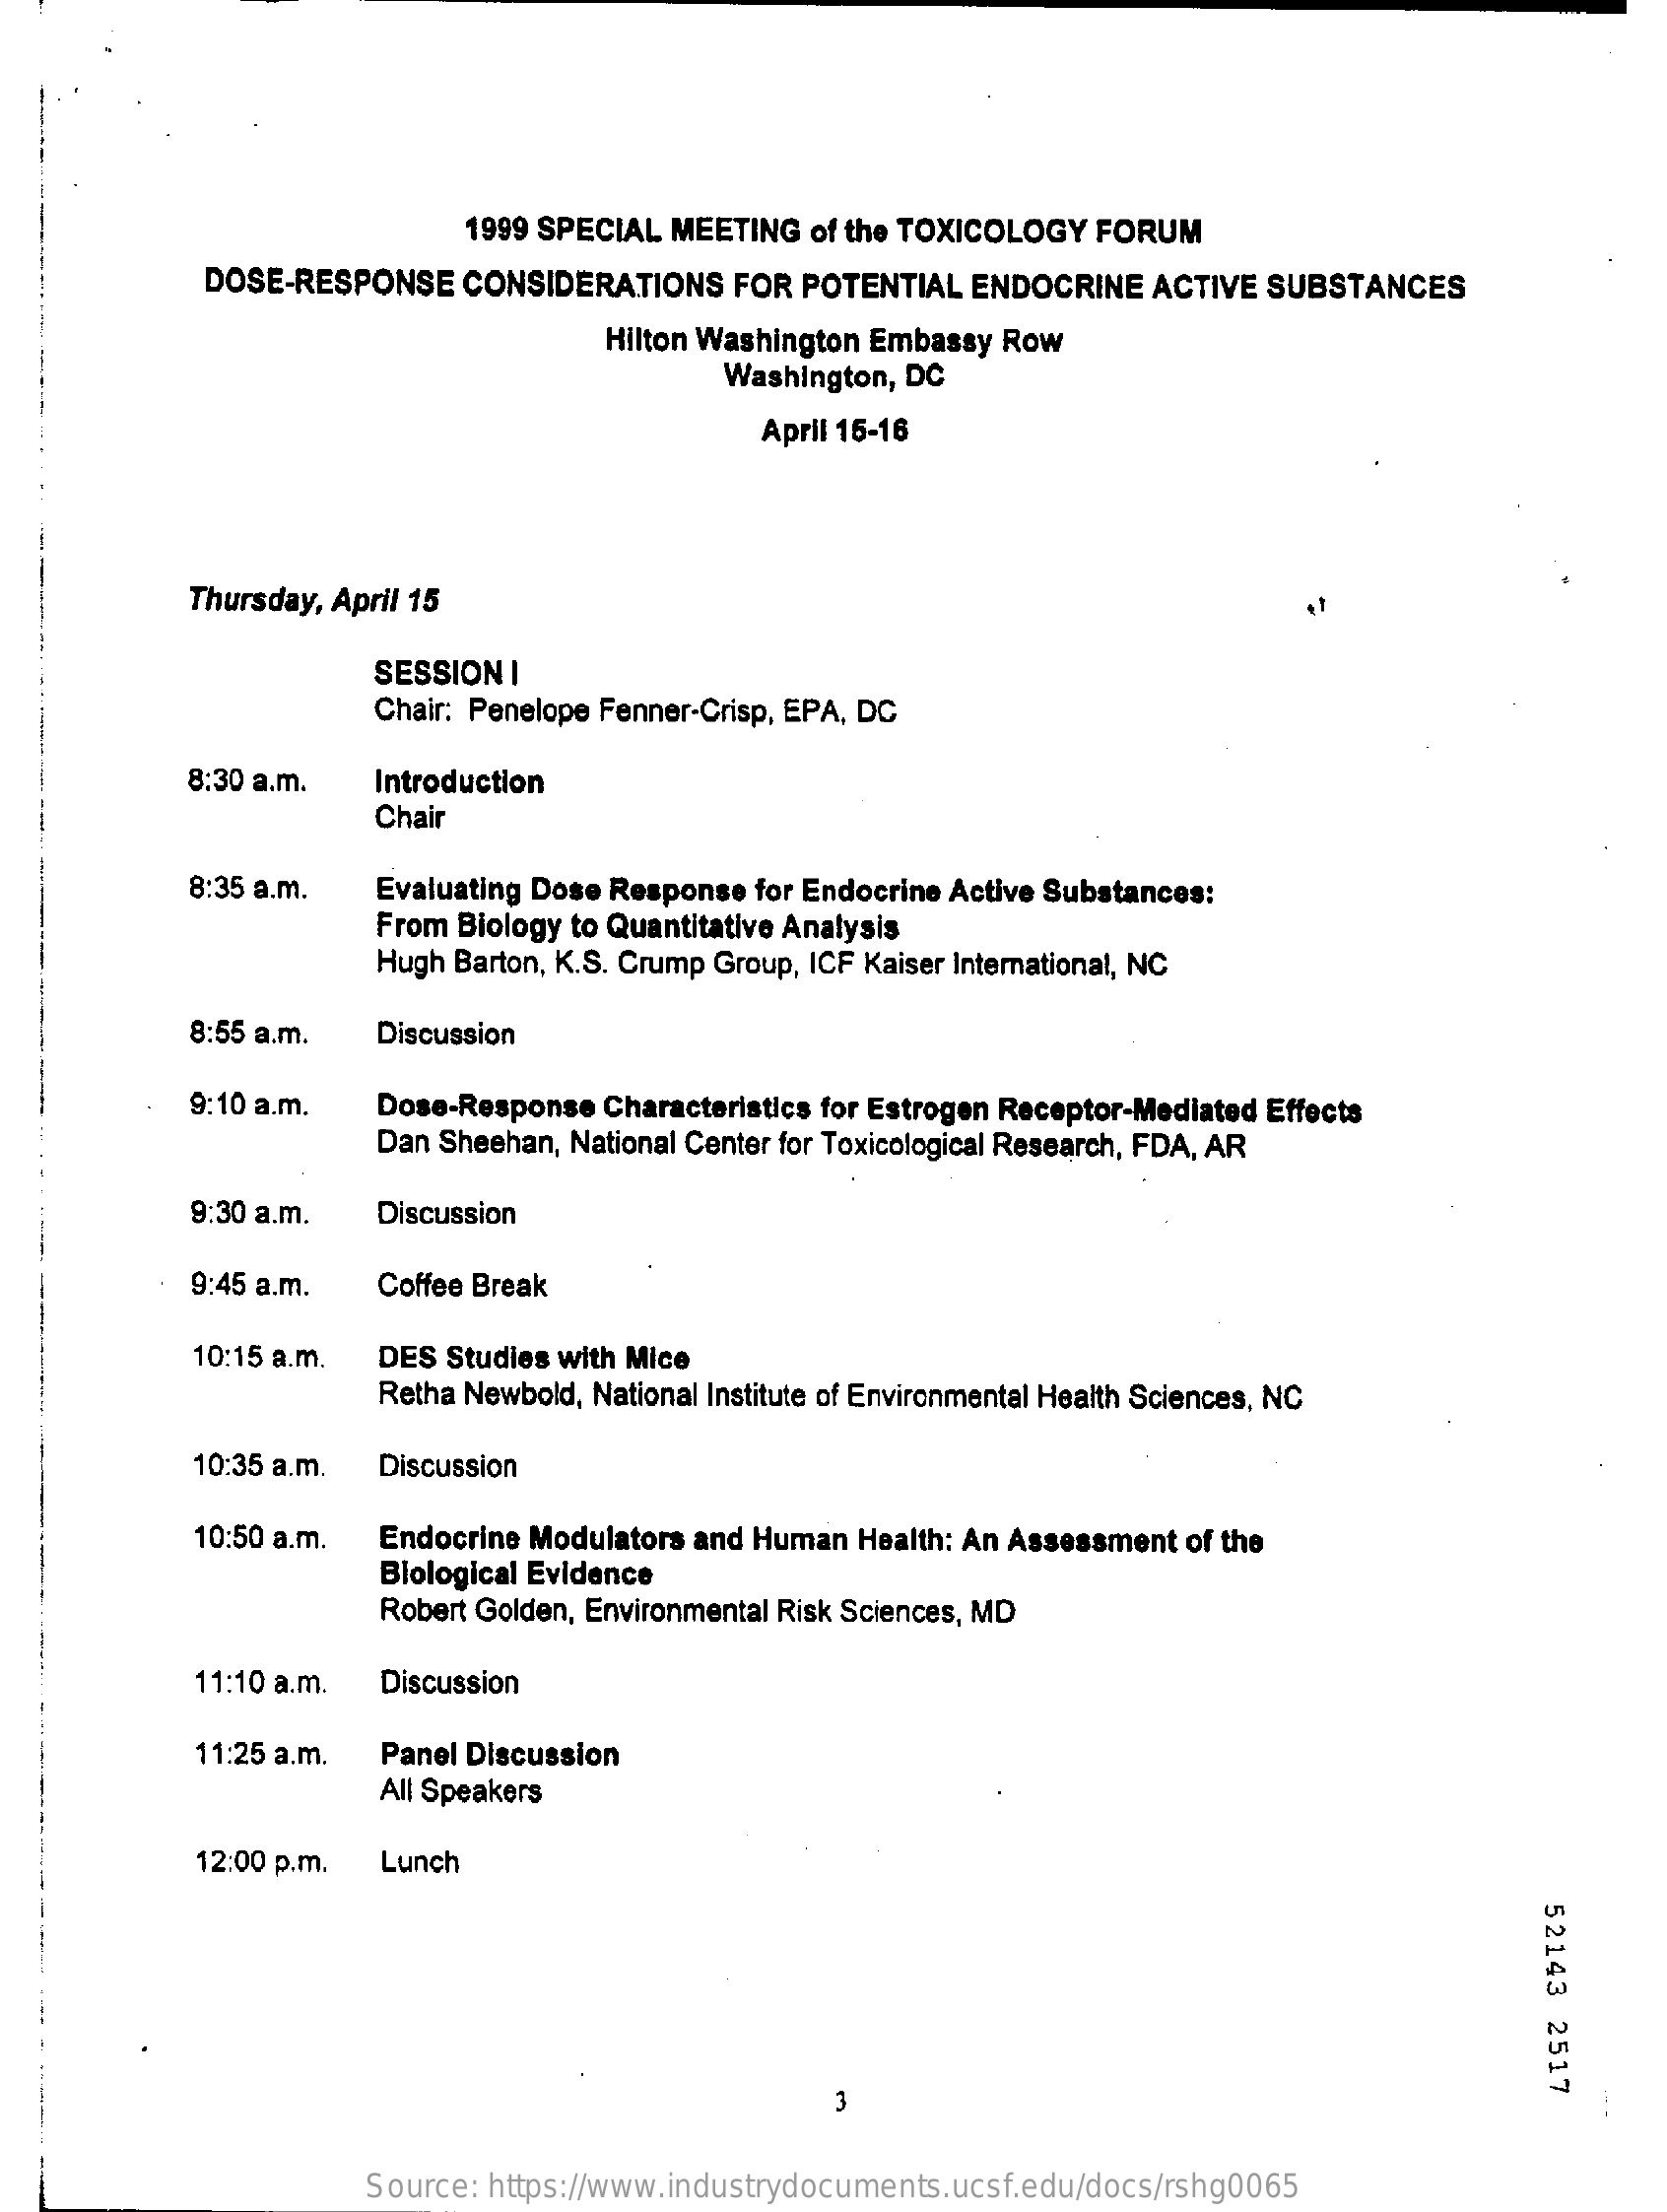
1999 SPECIAL MEETING of the TOXICOLOGY FORUM
     DOSE-RESPONSE  CONSIDERATIONS  FOR POTENTIAL  ENDOCRINE ACTIVE SUBSTANCES
     Hilton Washington Embassy Row
     Washington, DC
     April 15-16
     Thursday, April 15
     SESSION I
     Chair: Penelope Fenner-Crisp, EPA, DC
     8:30 a.m.  Introduction
  --    Chair
     8:35 a.m.  Evaluating Dose Response for Endocrine Active Substances:
     From Biology to Quantitative Analysis
     Hugh Barton, K.S. Crump Group, ICF Kaiser International, NC
     8:55 a.m.  Discussion
     9:10 a.m.  Dose-Response Characteristics for Estrogen Receptor-Mediated Effects
     Dan Sheehan, National Center for Toxicological Research, FDA, AR
     9:30 a.m.  Discussion
     9:45 a.m.  Coffee Break
     10:15 a.m. DES Studies with Mice
     Retha Newbold, National Institute of Environmental Health Sciences, NC
     10:35 a.m. Discussion
     10:50 a.m. Endocrine Modulators and Human Health: An Assessment of the
     Blological Evidence
     Robert Golden, Environmental Risk Sciences, MD
     11:10 a.m. Discussion
     11:25 a.m. Panel Discussion
     All Speakers
     12:00 p.m. Lunch
     52143
     2517
     Source: https://www.industrydocuments.ucsf.edu/docs/rshg0065